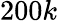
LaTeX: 200k